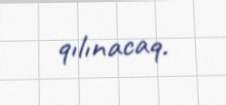
qılınacaq.